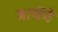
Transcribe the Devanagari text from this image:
जायॅगे